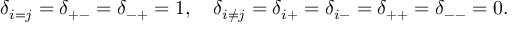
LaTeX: \delta _ { i = j } = \delta _ { + - } = \delta _ { - + } = 1 , \quad \delta _ { i \neq j } = \delta _ { i + } = \delta _ { i - } = \delta _ { + + } = \delta _ { -- } = 0 .